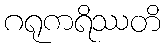
ဂရုကရိဿတိ